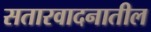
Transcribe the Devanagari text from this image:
सतारवादनातील